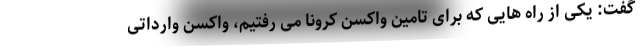
گفت: یکی از راه هایی که برای تامین واکسن کرونا می رفتیم، واکسن وارداتی